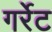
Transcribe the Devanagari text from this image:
गर्रेट